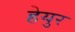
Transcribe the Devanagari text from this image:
हेयुर